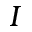
I